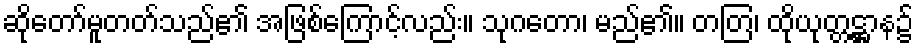
ဆိုတော်မူတတ်သည်၏ အဖြစ်ကြောင့်လည်း။ သုဂတော၊ မည်၏။ တတြ၊ ထိုယုတ္တဋ္ဌာန၌